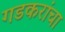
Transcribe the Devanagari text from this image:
गडकरांचा